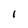
Character: 1